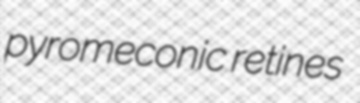
pyromeconic retines